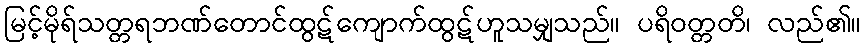
မြင့်မိုရ်သတ္တရဘဏ်တောင်ထွဋ်ကျောက်ထွဋ်ဟူသမျှသည်။ ပရိဝတ္တတိ၊ လည်၏။